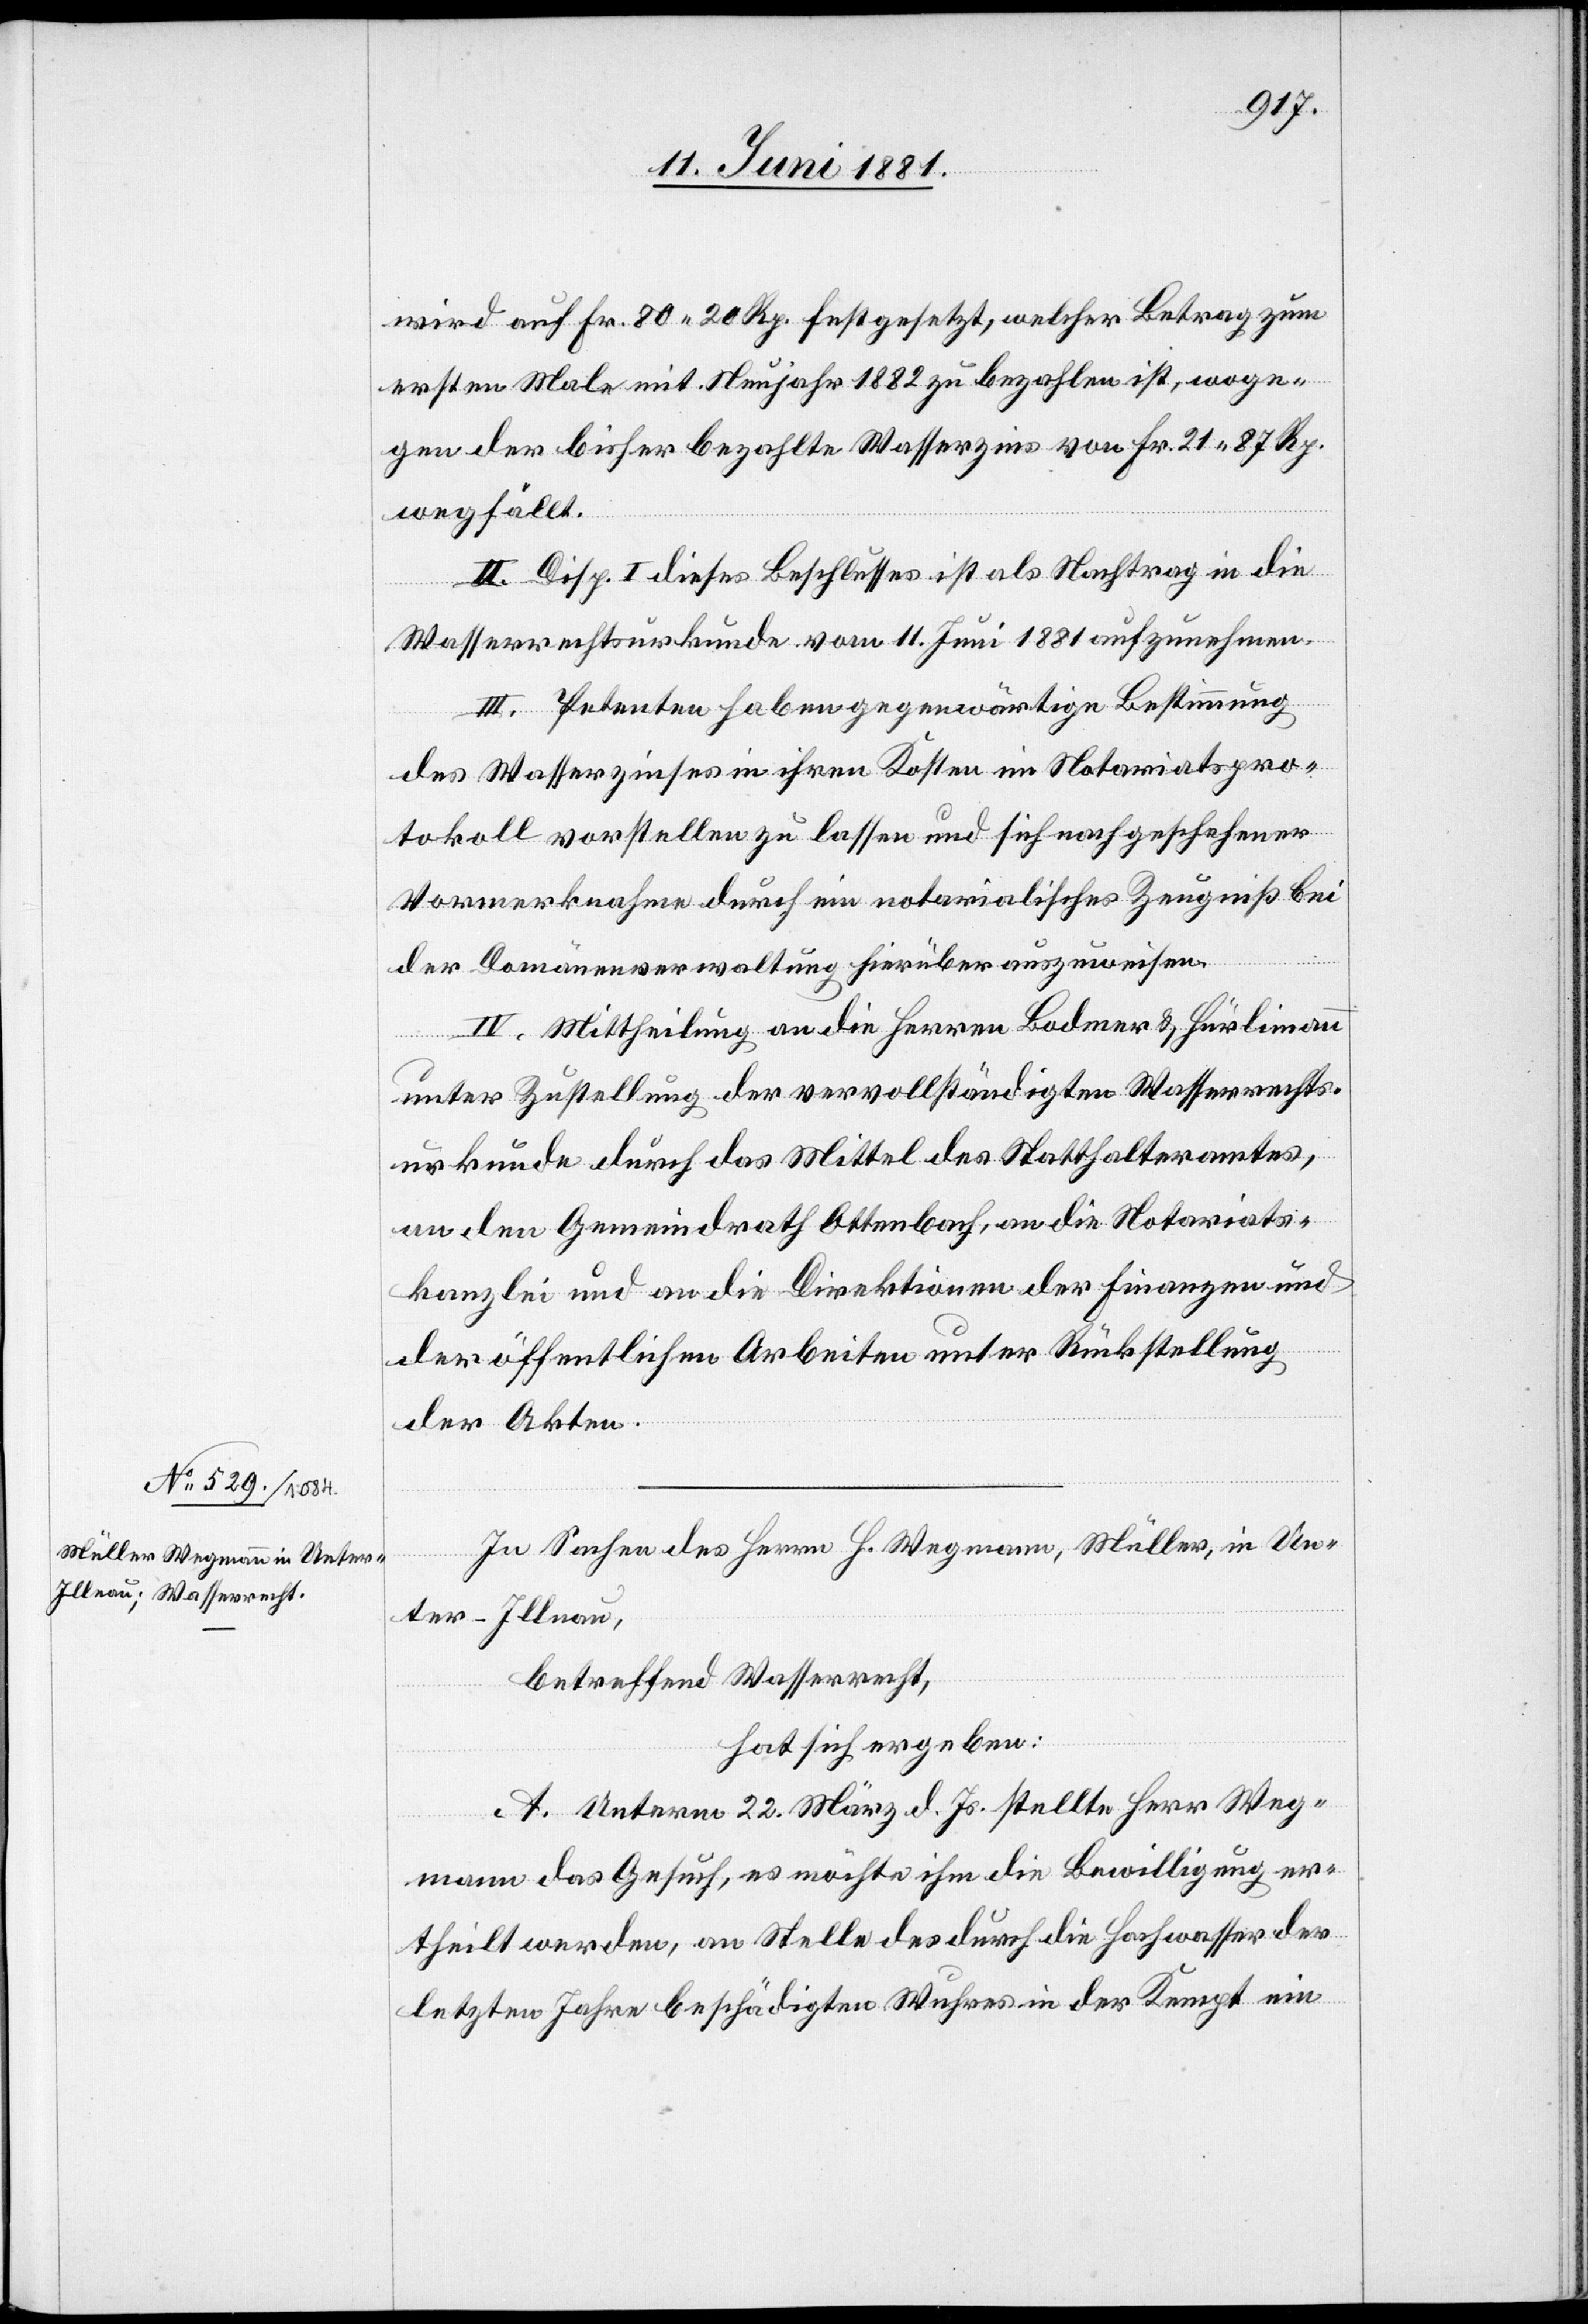
wird auf Fr. 80 20 Rp. festgesetzt, welcher Betrag zum
ersten Male mit Neujahr 1882 zu bezahlen ist, woge¬
gen der bisher bezahlte Wasserzins von Fr. 21 87 Rp.
wegfällt.
II. Disp. I dieses Beschlusses ist als Nachtrag in die
Wasserrechtsurkunde vom 11. Juni 1881 aufzunehmen.
III. Petenten haben gegenwärtige Bestimmung
des Wasserzinses in ihren Kosten im Notariatspro¬
tokoll vorstellen zu lassen und sich nach geschehener
Vormerknahme durch ein notarialisches Zeugniß bei
der Domänenverwaltung hierüber auszuweisen.
IV. Mittheilung an die Herren Bodmer & Hürlimann
unter Zustellung der vervollständigten Wasserrechts¬
urkunde durch das Mittel des Statthalteramtes,
an den Gemeindrath Ottenbach, an die Notariats¬
kanzlei und an die Direktion der Finanzen und
der öffentlichen Arbeiten unter Rückstellung
der Akten.
In Sachen des Herrn H. Wegmann, Müller, in Un¬
ter-Illnau,
betreffend Wasserrecht,
hat sich ergeben:
A. Unterm 22. März d. Js. stellte Herr Weg¬
mann das Gesuch, es möchte ihm die Bewilligung er¬
theilt werden, an Stelle des durch die Hochwasser der
letztern Jahre beschädigten Wuhres in der Kempt ein